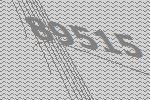
89515